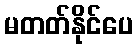
မတတ်နိုင်ပေ